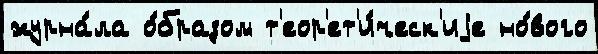
журна́ла о́бразом т'еор'ет'и́ческ'иjе но́вого